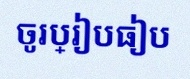
ចូរប្រៀបធៀប